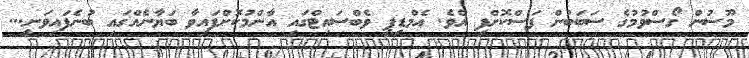
މޫސުން ގޯސްވުމުގެ ސަބަބުން ފަސްކޮށްފި އެވެ. އެމްޑީޕީ ވެބްސައިޓްގައި އާންމުކޮށްފައިވާ ބަޔާނެއްގައި ބުނެފައިވަނީ...